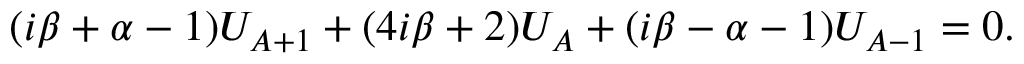
( i \beta + \alpha - 1 ) U _ { A + 1 } + ( 4 i \beta + 2 ) U _ { A } + ( i \beta - \alpha - 1 ) U _ { A - 1 } = 0 .